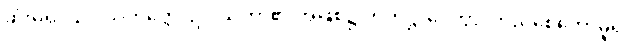
ဆုံးမ၍။ ဥပါသကတ္တေ၊ ဥပါသကာ၏ အဖြစ်၌။ ပတိဋ္ဌာပေတွာ၊ တည်စေတော်မူ၍။